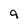
Character: 9